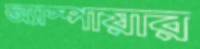
অ্যাস্পায়ার